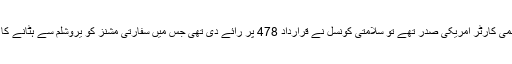
1980 میں جب جمی کارٹر امریکی صدر تھے تو سلامتی کونسل نے قرارداد 478 پر رائے دی تھی جس میں سفارتی مشنز کو یروشلم سے ہٹانے کا مطالبہ کیا گیا تھا۔